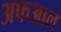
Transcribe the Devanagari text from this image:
अफआल